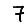
Digit: 7